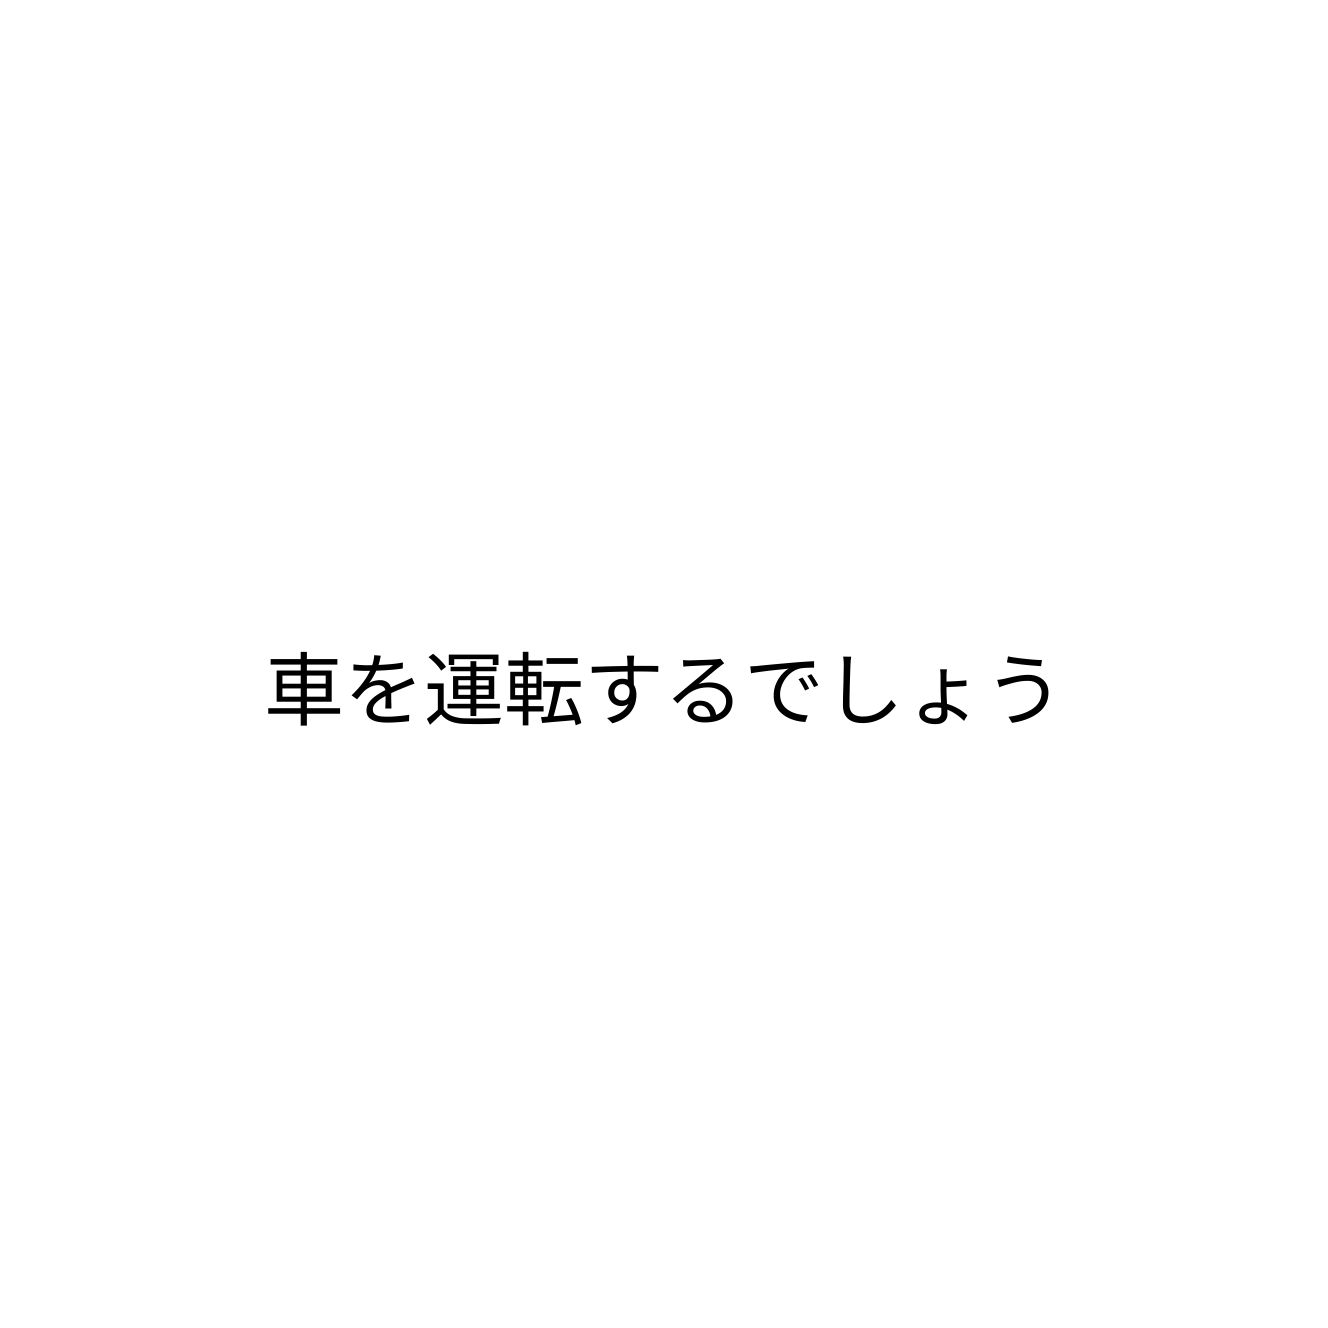
車を運転するでしょう